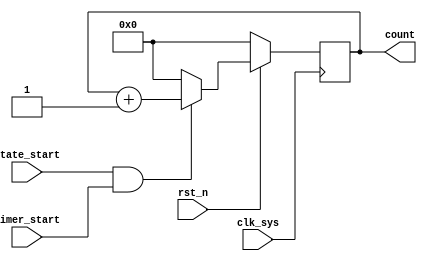
// dump_timer.v
module dump_timer(
                  clk_sys,
                  rst_n,
                  state_start,
                  timer_start,
                  count
                 );

input clk_sys;
input rst_n;
input state_start;
input timer_start;

output [11:0] count;

reg [11:0] count;

wire en;

assign en = state_start & timer_start;

always @ (posedge clk_sys)
    begin
         if (rst_n == 1'b0)
             count <= 12'b0;
         else
             begin
                  if (en == 1'b1)
                      count <= count + 1;
                  else
                      count <= 12'b0;
             end
    end

endmodule